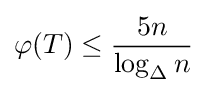
\varphi (T)\leq {\frac {5n}{\log _{\Delta }n}}